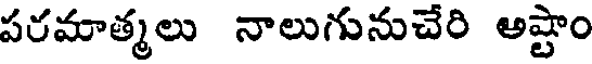
పరమాత్మలు నాలుగునుచేరి అష్టాం